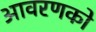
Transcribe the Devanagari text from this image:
आवरणको